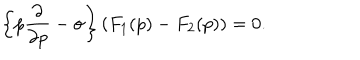
\left\{ p \frac { \partial } { \partial p } - \sigma \right\} \left( F _ { 1 } ( p ) - F _ { 2 } ( p ) \right) = 0 .